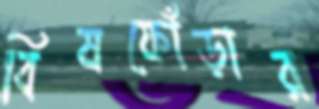
বিষফোঁড়ার